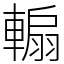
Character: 䡪